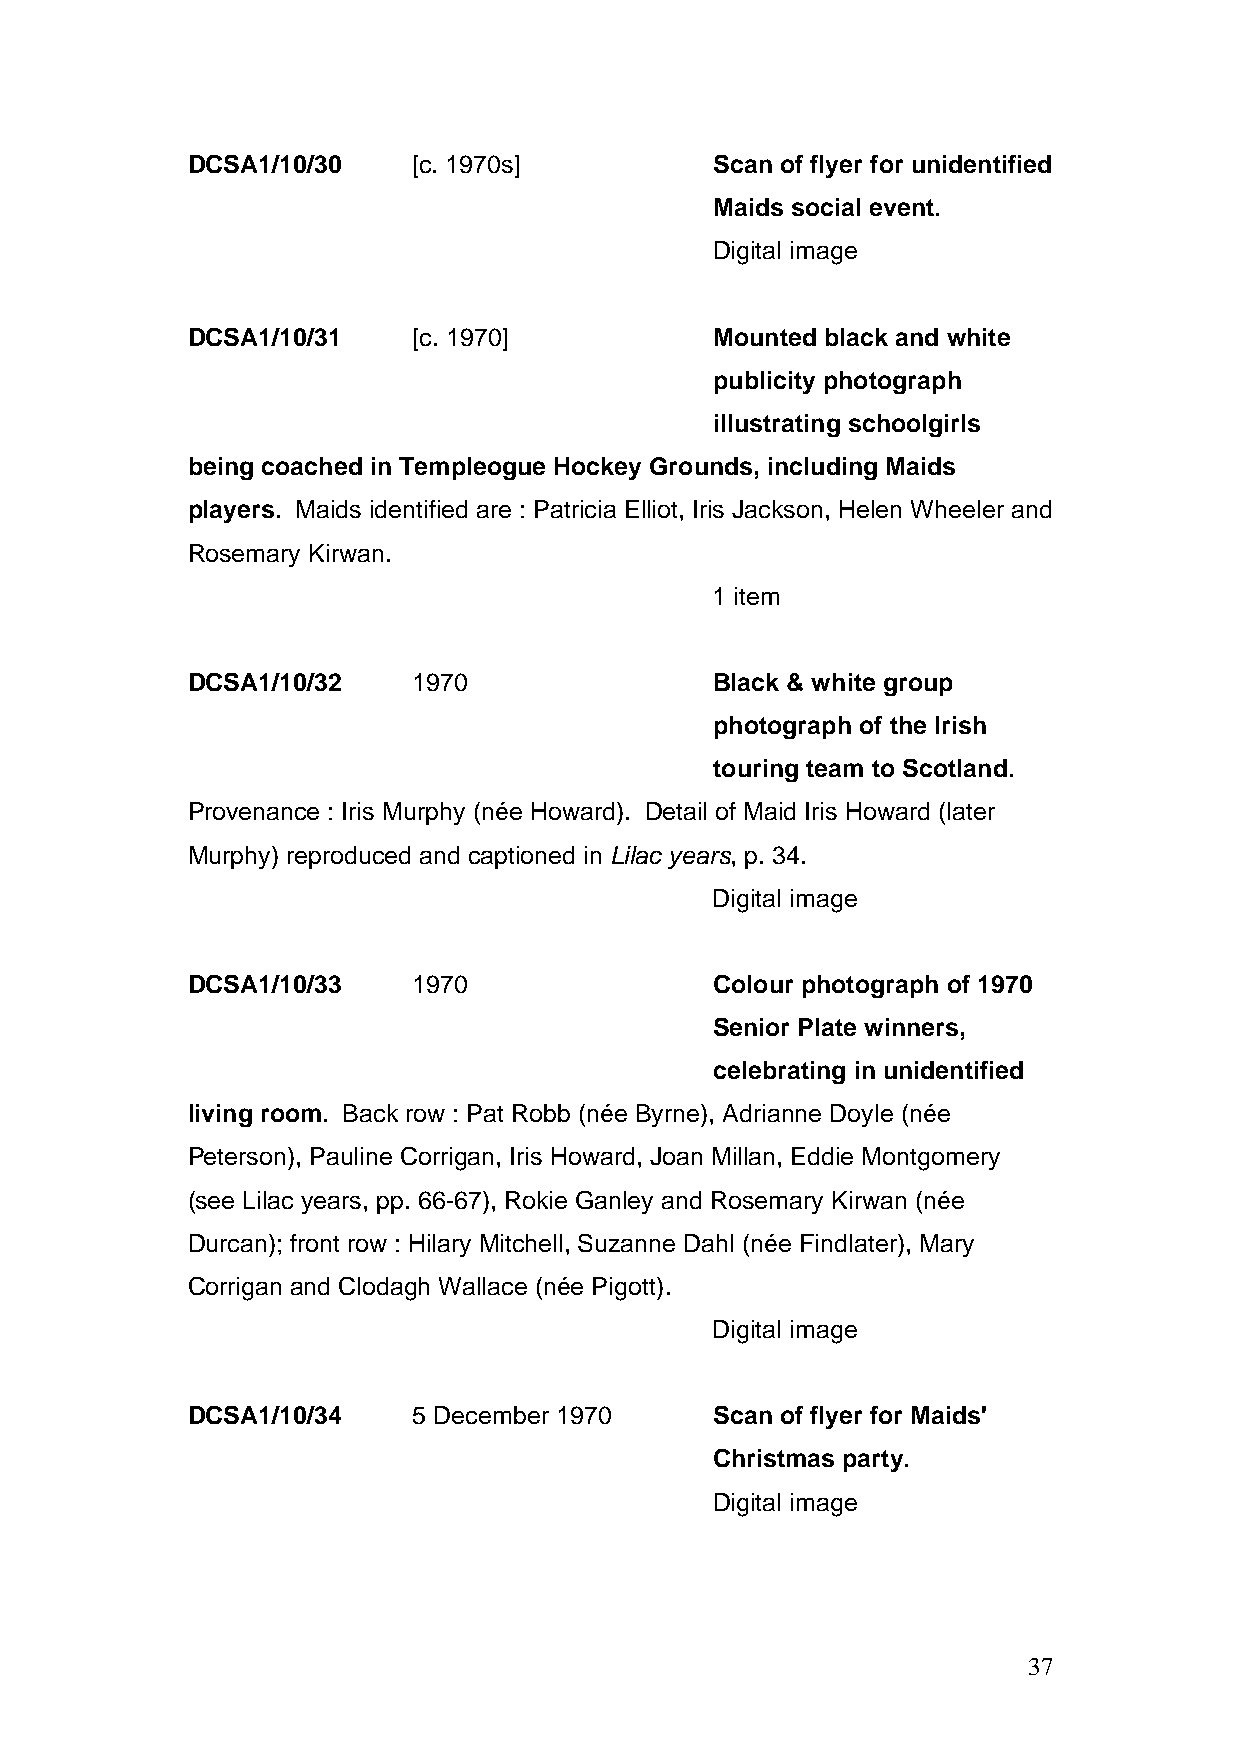
DCSA1/10/30    [c. 1970s]          Scan of flyer for unidentified
 Maids social event.
 Digital image
 DCSA1/10/31    [c. 1970]           Mounted black and white
 publicity photograph
 illustrating schoolgirls
 being coached in Templeogue Hockey Grounds, including Maids
 players. Maids identified are : Patricia Elliot, Iris Jackson, Helen Wheeler and
 Rosemary Kirwan.
 1 item
 DCSA1/10/32    1970                Black & white group
 photograph of the Irish
 touring team to Scotland.
 Provenance : Iris Murphy (née Howard). Detail of Maid Iris Howard (later
 Murphy) reproduced and captioned in Lilac years, p. 34.
 Digital image
 DCSA1/10/33    1970                Colour photograph of 1970
 Senior Plate winners,
 celebrating in unidentified
 living room. Back row : Pat Robb (née Byrne), Adrianne Doyle (née
 Peterson), Pauline Corrigan, Iris Howard, Joan Millan, Eddie Montgomery
 (see Lilac years, pp. 66-67), Rokie Ganley and Rosemary Kirwan (née
 Durcan); front row : Hilary Mitchell, Suzanne Dahl (née Findlater), Mary
 Corrigan and Clodagh Wallace (née Pigott).
 Digital image
 DCSA1/10/34    5 December 1970     Scan of flyer for Maids'
 Christmas party.
 Digital image
 37